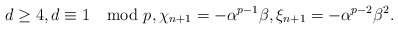
\begin{align*}d \ge 4, d \equiv 1 \mod p, \chi_{n+1} = - \alpha^{p-1}\beta,\xi_{n+1} = -\alpha^{p-2}\beta^2.\end{align*}